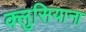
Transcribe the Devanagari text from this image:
क्लुसियाना